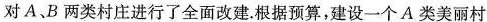
对A、B两类村庄进行了全面改建。根据预算，建设一个A类美丽村